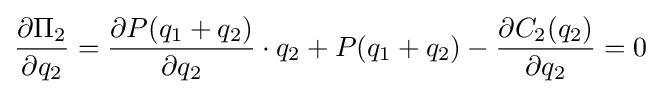
{\frac {\partial \Pi _{2}}{\partial q_{2}}}={\frac {\partial P(q_{1}+q_{2})}{\partial q_{2}}}\cdot q_{2}+P(q_{1}+q_{2})-{\frac {\partial C_{2}(q_{2})}{\partial q_{2}}}=0